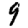
Digit: 9